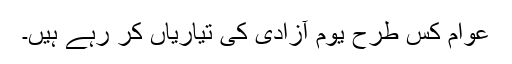
عوام کس طرح یومِ آزادی کی تیاریاں کر رہے ہیں۔